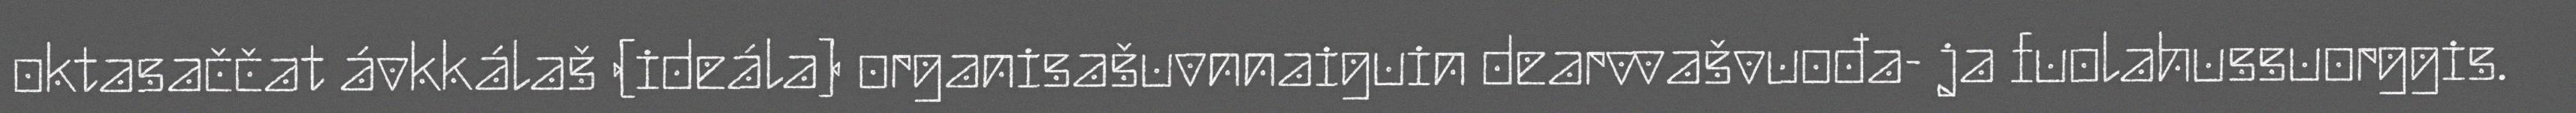
oktasaččat ávkkálaš (ideála) organisašuvnnaiguin dearvvašvuođa- ja fuolahussuorggis.